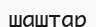
шаштар